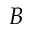
B